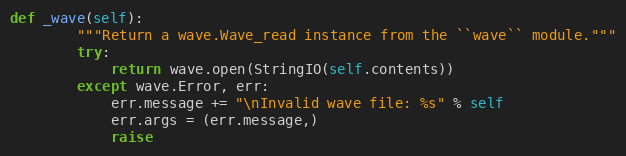
Language: Python
def _wave(self):
        """Return a wave.Wave_read instance from the ``wave`` module."""
        try:
            return wave.open(StringIO(self.contents))
        except wave.Error, err:
            err.message += "\nInvalid wave file: %s" % self
            err.args = (err.message,)
            raise